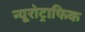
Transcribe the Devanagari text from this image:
न्यूरोट्राफिक